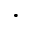
^ \bullet